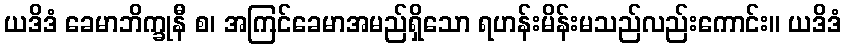
ယဒိဒံ ခေမာဘိက္ခုနီ စ၊ အကြင်ခေမာအမည်ရှိသော ရဟန်းမိန်းမသည်လည်းကောင်း။ ယဒိဒံ